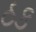
ઠક